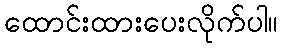
ထောင်းထားပေးလိုက်ပါ။